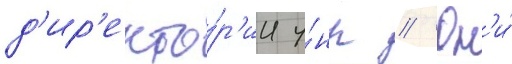
д'ир'екто́р'ии у́нр // Он'и́